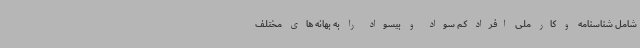
شامل شناسنامه و کار ملی افراد کم سواد و بیسواد را به بهانه های مختلف